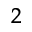
_ 2